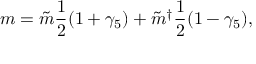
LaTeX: m = \tilde { m } \frac { 1 } { 2 } ( 1 + \gamma _ { 5 } ) + \tilde { m } ^ { \dagger } \frac { 1 } { 2 } ( 1 - \gamma _ { 5 } ) ,